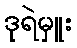
ဒုရဲမှူး